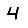
Digit: 4